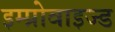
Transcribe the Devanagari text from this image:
इम्प्रोवाइज्ड